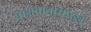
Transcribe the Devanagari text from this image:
सागवानासारखे